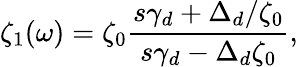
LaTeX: \zeta_{1}(\omega)={\zeta_{0}}\frac{s\gamma_{d}+\Delta_{d}/\zeta_{0}}{s\gamma_{d}-\Delta_{d}\zeta_{0}},